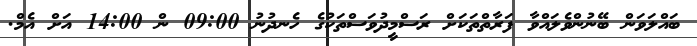
ބައްލަވަން ބޭނުންވެލައްވާ ފަރާތްތަކަށް ރަސްމީދުވަސްތަކުގެ ހެނދުނު 09:00 ން 14:00 އަށް އެމް.